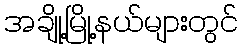
အချို့မြို့နယ်များတွင်